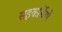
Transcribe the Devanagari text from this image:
सहकर्मियो